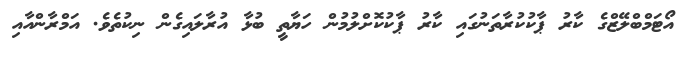
އޯޓަމްބްލޭޒްގެ ކާރު ޕާކުކުރާތަނުގައި ކާރު ޕާކުކޮށްލުމުން ހަޔާތީ ބުޅާ އުރާލައިގެން ނިކުތެވެ. އަމްރާންއާއި